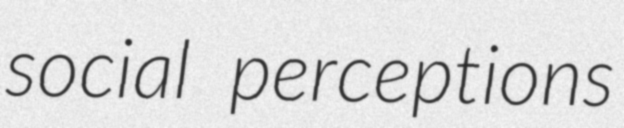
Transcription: social perceptions